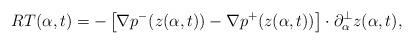
\begin{align*}RT(\alpha,t)=-\left[ \nabla p^{-}(z(\alpha,t))-\nabla p^{+}(z(\alpha,t)) \right]\cdot\partial_\alpha^\bot z(\alpha,t),\end{align*}